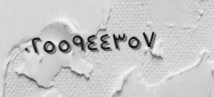
٠٢٥٥٩٤٤٣٥٧